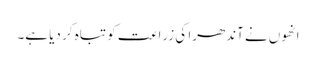
انھوں نے آندھرا کی زراعت کو تباہ کر دیا ہے۔